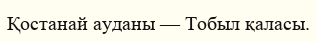
Қостанай ауданы — Тобыл қаласы.